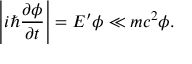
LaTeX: \left| i \hbar { \frac { \partial \phi } { \partial t } } \right| = E ^ { \prime } \phi \ll m c ^ { 2 } \phi .